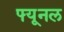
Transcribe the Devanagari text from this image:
फ्यूनल